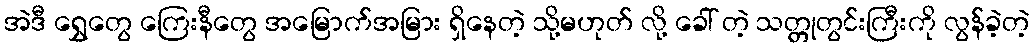
အဲဒီ ရွှေတွေ ကြေးနီတွေ အမြောက်အမြား ရှိနေတဲ့ သို့မဟုတ် လို့ ခေါ် တဲ့ သတ္တုတွင်းကြီးကို လွန်ခဲ့တဲ့